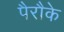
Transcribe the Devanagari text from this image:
पैरौके